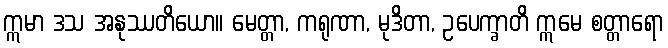
ဣမာ ဒသ အနုဿတိယော။ မေတ္တာ, ကရုဏာ, မုဒိတာ, ဥပေက္ခာတိ ဣမေ စတ္တာရော